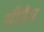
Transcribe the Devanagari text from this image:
सीग्रैम